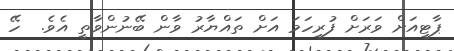
ޕާޓީއަށް ވަރަށް ފުރިހަމަ އަށް ތައްޔާރު ވާން ބޭނުންވާތީ އެވެ.  ހޭ